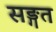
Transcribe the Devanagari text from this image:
सङ्गत